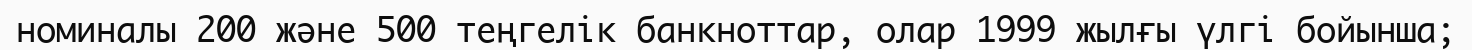
номиналы 200 және 500 теңгелік банкноттар, олар 1999 жылғы үлгі бойынша;